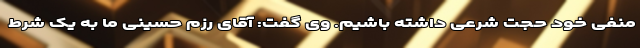
منفی خود حجت شرعی داشته باشیم. وی گفت: آقای رزم حسینی ما به یک شرط